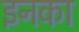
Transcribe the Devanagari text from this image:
इनका